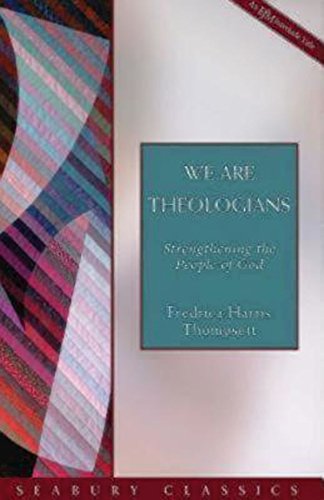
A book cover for We Are Theologians: Strengthening the People of God (Seabury Classics); Fredrica Harris Thompsett; Christian Books & Bibles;